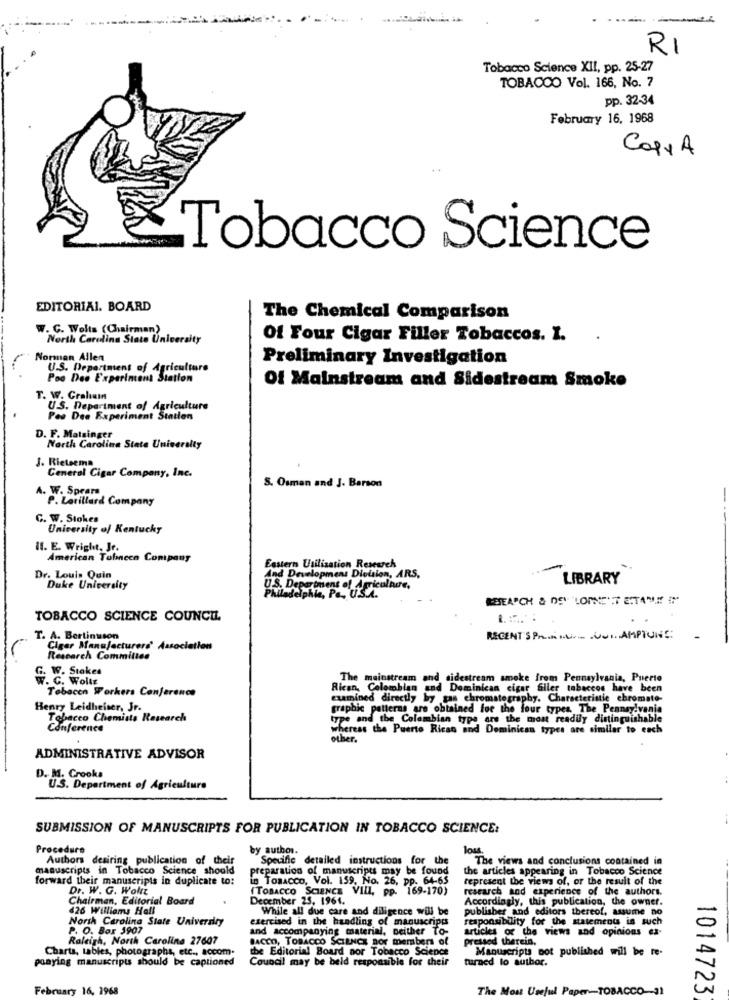
RI
Tobacco Science XII, pp. 25-27
TOBACCO Vol. 166, No. 7
pp. 32-34
February 16, 1968
Copy A
Tobacco Science
EDITORIAL. BOARD
The Chemical Comparison
W. C. Wolts (Chairman)
North Carolina State University
Of Four Cigar Filler Tobaccos. I.
Norman Allen
Preliminary Investigation
U.S. Department of Agriculture
Poo Dee Experincent Station
Of Mainstream and Sidestream Smoke
T. W. Cralıam
U.S. Department of Agriculture
Pes Dee Experiment Station
D. F. Matsinger
North Carolina State University
J. Rietsema
General Cigar Company, Inc.
A. W. Spears
S. Osman and J. Barson
P. Lorillard Company
C. W. Stokes
University of Kentucky
Il. E. Wright, Je.
American Tobacco Company
Eastern Utilisation Research
Dr. Louis Quin
And Development Division, ARS,
LIBRARY
Duke University
U.S. Department of Agriculture,
Philadelphia, Pa ., U.S.A.
RESEARCH & DEV LOPN'T ETAN !! !
TOBACCO SCIENCE COUNCIL.
T. A. Bertinsson
RECENT SPR UTAMPTUNE
Cigar Manufacturers' Association
Research Committee
G. W. Stakes
W. C. Wolle
The mainstream and sidestream smoke from Pennsylvania, Puerto
Tobacen Workers Conferences
Rican, Colombian
and Dominican cigar filler tobaccos have been
examined directly by gas chromatography. Characteristic chromato-
Henry Leidheiser, Jr.
graphic patterns are obtained for the four types. The Pennsylvania
Tobacco Chemists Research
type and the Colombian type are the most readily distinguishable
Conference
whereas the Puerto Rican and
und Dominican types are similar to each
other .
ADMINISTRATIVE ADVISOR
D. M. Crooks
U.S. Department of Agriculture
SUBMISSION OF MANUSCRIPTS FOR PUBLICATION IN TOBACCO SCIENCE:
Procedure
by author.
los
Authors desiring publication of their
Specific detailed instructions for the
The views and conclusions contained in
manuscripts in Tobacco Science should
preparation of manuscripts may be found
the articles appearing in Tobacco Science
forward their manuscripts in duplicate to:
in Tobacco, Vol. 159, No. 26, pp. 64-65
represent the views of, or the result of the
Dr. W. G. Wollt
(TOBACCO SCIENCE VIII, PP. 169-170)
research and experience of the authors.
Chairman, Editorial Board
December 25, 1961.
Accordingly, this publication, the owner.
426 Williams Hall
While all due care and diligence will be
publisher and editors thereof, assume no
North Carolina State University
exercised in the handling of manuscripts
responsibility for the statements is such
P. O. Box 3907
and accompanying material, neither To-
articles of the views and opinions ex-
Raleigh, North Carolina 27607
SACCO, TOBACCO SCIENCE Bor members of
pressed therein.
Charts, tables, photographs, etc ., accom-
the Editorial Board nor Tobacco Science
Manuscripts not published will be re-
poaying manuscripts should be captioned
Council may be held responsible for their
turned lo author.
February 16, 1968
The Most Useful Paper-TOBACCO -- 31
1014723